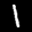
Label: 1